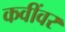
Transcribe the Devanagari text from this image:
कवींवर